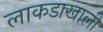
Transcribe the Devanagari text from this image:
लाकडाखाली